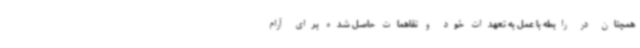
همچنان در رابطه با عمل به تعهدات خود و تفاهمات حاصل شده برای آرام